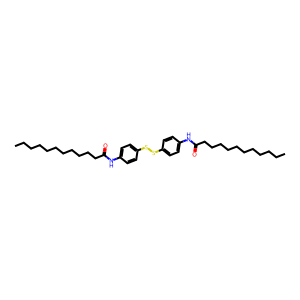
SMILES: CCCCCCCCCCCC(=O)Nc1ccc(SSc2ccc(NC(=O)CCCCCCCCCCC)cc2)cc1
Inhibits HIV replication: No